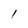
Character: l